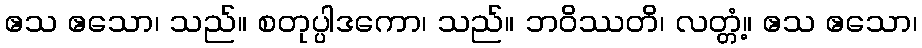
ဧသ ဧသော၊ သည်။ စတုပ္ပါဒကော၊ သည်။ ဘဝိဿတိ၊ လတ္တံ့။ ဧသ ဧသော၊